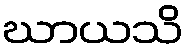
ဃာယသိ